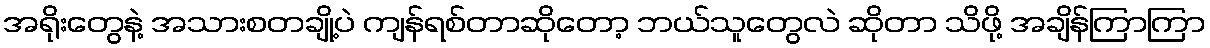
အရိုးတွေနဲ့ အသားစတချို့ပဲ ကျန်ရစ်တာဆိုတော့ ဘယ်သူတွေလဲ ဆိုတာ သိဖို့ အချိန်ကြာကြာ